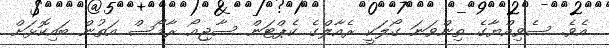
އެވެ. ސެވިއްޔާގެ ތިންވަނަ ގޯލަކީ ރެއާލްގެ ކެޕްޓަން ސާޖިއޯ ރާމޯސް އަތުން ބައިކޮޅަށް